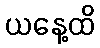
ယနေ့ထိ